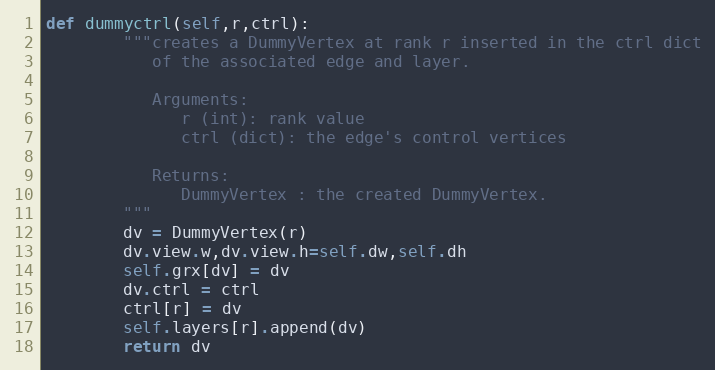
Language: Python
def dummyctrl(self,r,ctrl):
        """creates a DummyVertex at rank r inserted in the ctrl dict
           of the associated edge and layer.

           Arguments:
              r (int): rank value
              ctrl (dict): the edge's control vertices

           Returns:
              DummyVertex : the created DummyVertex.
        """
        dv = DummyVertex(r)
        dv.view.w,dv.view.h=self.dw,self.dh
        self.grx[dv] = dv
        dv.ctrl = ctrl
        ctrl[r] = dv
        self.layers[r].append(dv)
        return dv